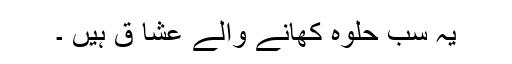
یہ سب حلوہ کھانے والے عشا ق ہیں ۔